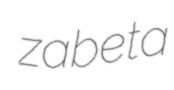
zabeta